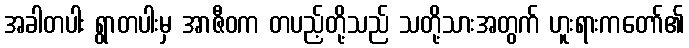
အခါတပါး ရွာတပါးမှ အာဇီဝက တပည့်တို့သည် သတို့သားအတွက် ဟူးရားကတော်၏